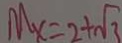
M _ { x } = 2 + \sqrt { 3 }